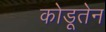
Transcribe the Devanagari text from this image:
कोडूतेन